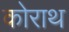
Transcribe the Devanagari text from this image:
कोराथ